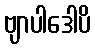
ဗျာပါဒေါပိ